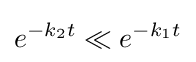
e^{-k_{2}t}\ll e^{-k_{1}t}